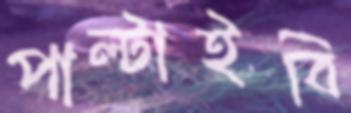
পাল্‌টাইবি